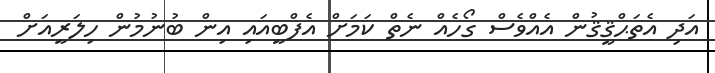
އަދި އެތަޙްޤީޤުން އެއްވެސް ގޯހެއް ނެތް ކަމަށް އެފްބީއައި އިން ބުނުމުން ހިލަރީއަށް